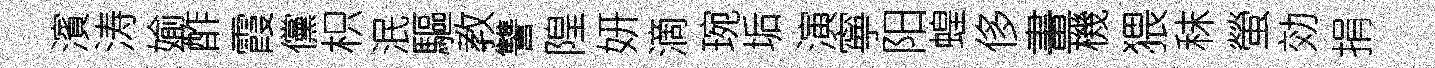
濱涛媮酢霞儻枳泯驅教讐隍妍滴琬垢演寧阳蝗侈畫機猥秣螢効捐